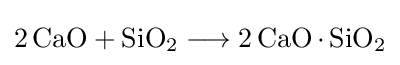
{2\,\mathrm {CaO} {}+{}\mathrm {SiO} {\vphantom {A}}_{\smash[{t}]{2}}{}\mathrel {\longrightarrow } {}2\,\mathrm {CaO} \,{\cdot }\,\mathrm {SiO} {\vphantom {A}}_{\smash[{t}]{2}}}